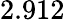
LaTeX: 2.912